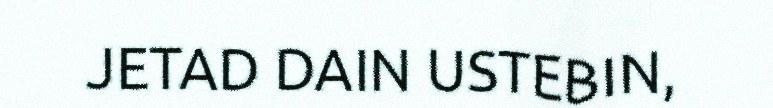
JETAD DAIN USTEBIN,